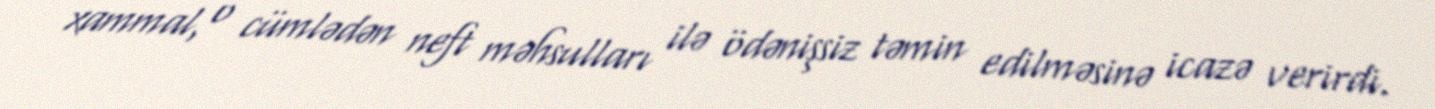
xammal, o cümlədən neft məhsulları ilə ödənişsiz təmin edilməsinə icazə verirdi.